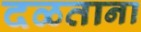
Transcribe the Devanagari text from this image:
दळताना